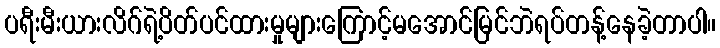
ပရီးမီးယားလိဂ်ရဲ့ပိတ်ပင်ထားမှုများကြောင့်မအောင်မြင်ဘဲရပ်တန့်နေခဲ့တာပါ။